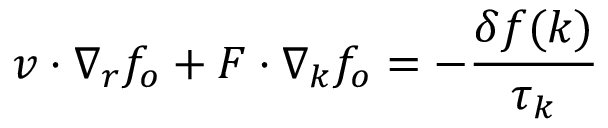
\boldsymbol { v } \cdot \nabla _ { \boldsymbol { r } } f _ { o } + \boldsymbol { F } \cdot \nabla _ { \boldsymbol { k } } f _ { o } = - \frac { \delta f ( \boldsymbol { k } ) } { \tau _ { \boldsymbol { k } } }